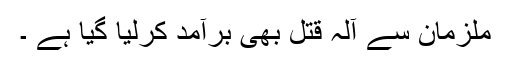
ملزمان سے آلہ قتل بھی برآمد کرلیا گیا ہے ۔